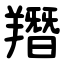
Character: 䍼